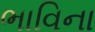
ભાવિના